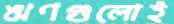
ঋণগুলোই